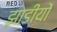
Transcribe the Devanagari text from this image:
झाडीयों